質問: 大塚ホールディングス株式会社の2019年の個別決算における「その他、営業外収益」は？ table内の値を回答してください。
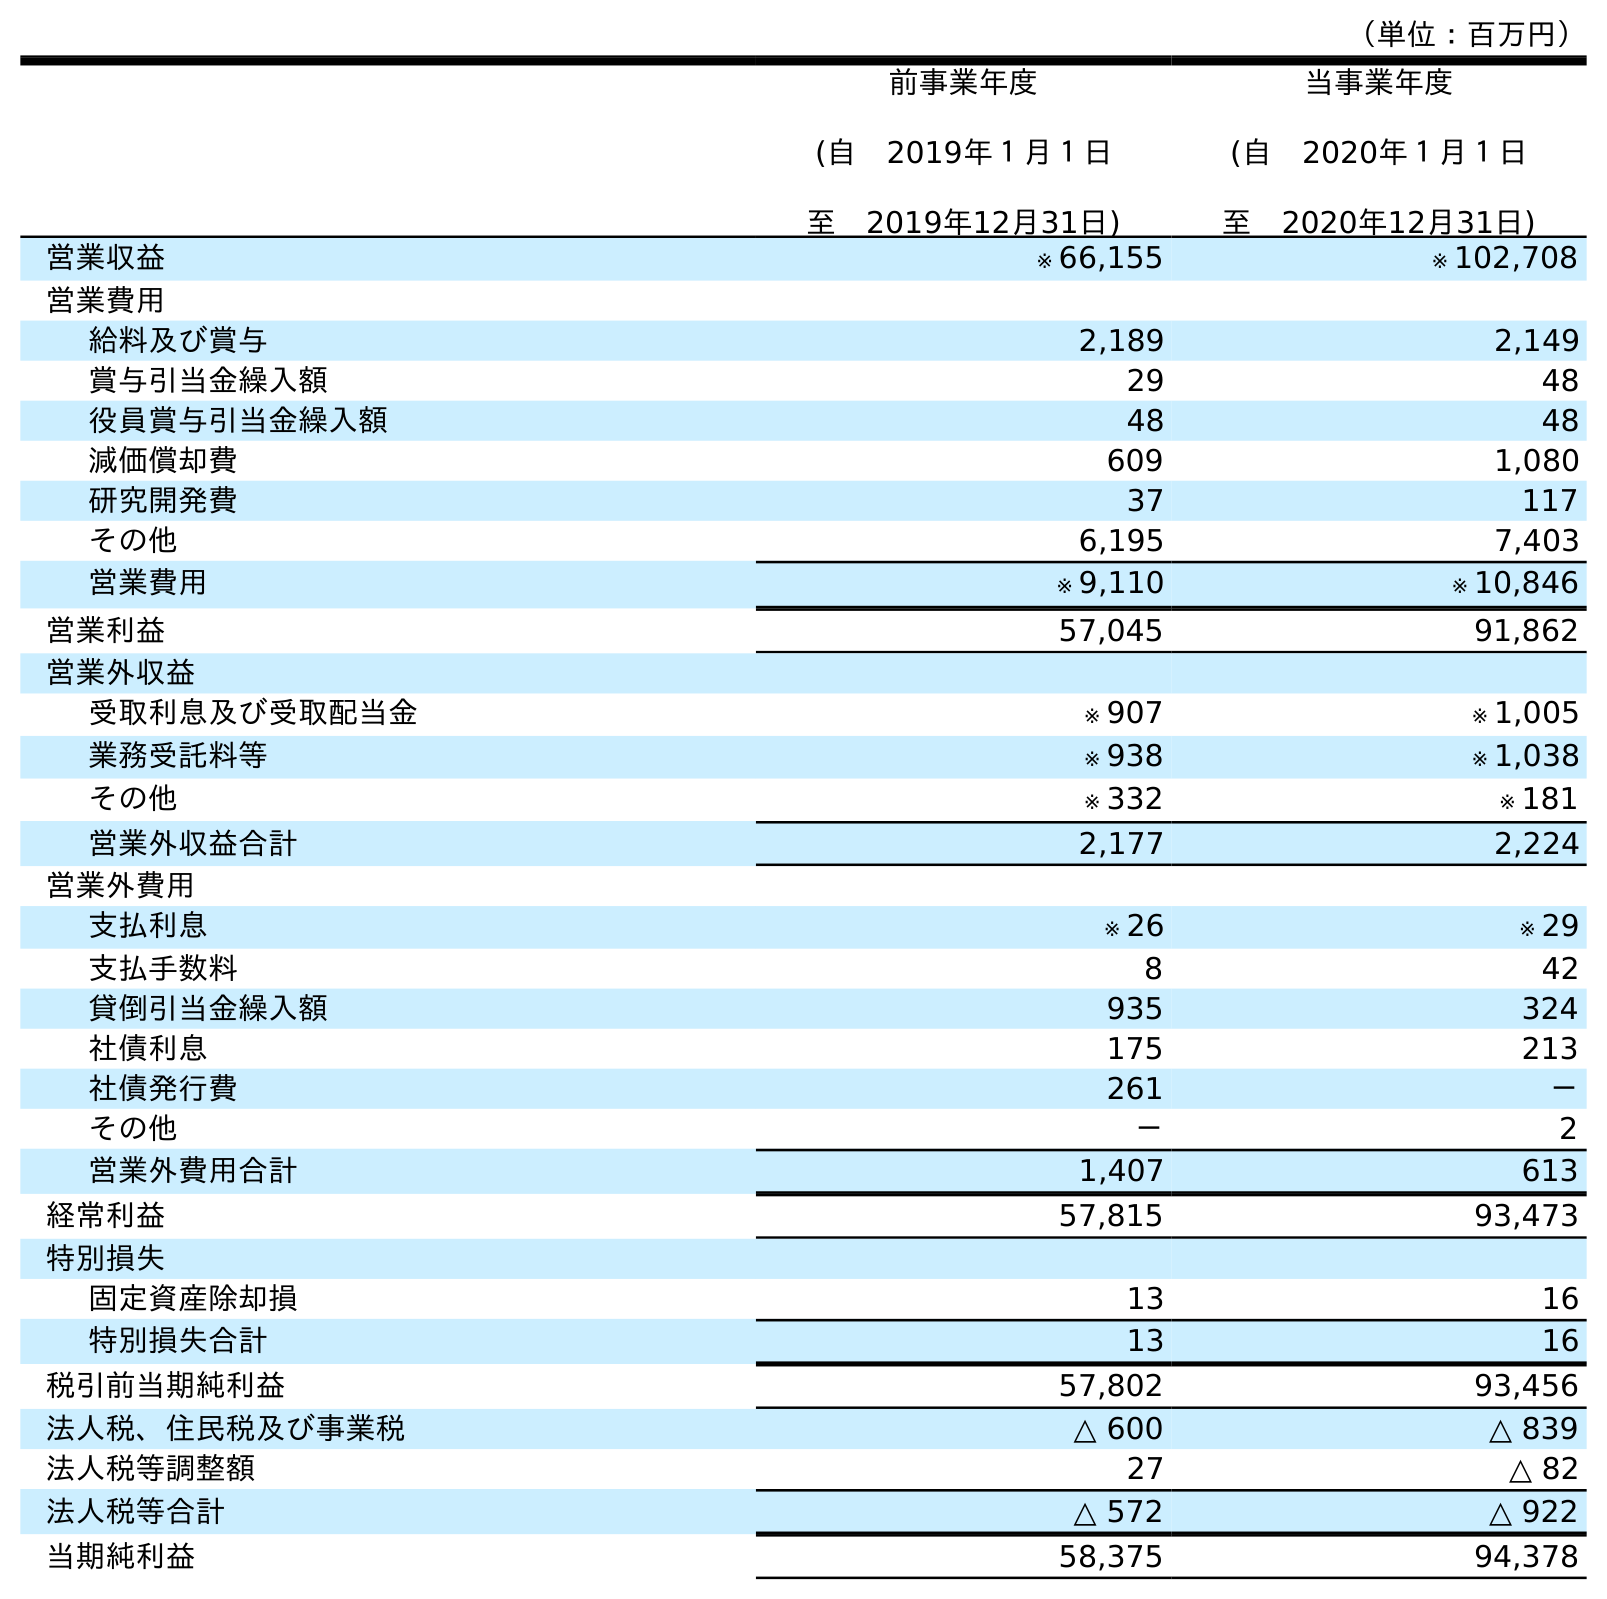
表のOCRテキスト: （単位：百万円） 前事業年度 (自 2019年１月１日 至 2019年12月31日) 当事業年度 (自 2020年１月１日 至 2020年12月31日) 営業収益 ※ 66,155 ※ 102,708 営業費用 給料及び賞与 2,189 2,149 賞与引当金繰入額 29 48 役員賞与引当金繰入額 48 48 減価償却費 609 1,080 研究開発費 37 117 その他 6,195 7,403 営業費用 ※ 9,110 ※ 10,846 営業利益 57,045 91,862 営業外収益 受取利息及び受取配当金 ※ 907 ※ 1,005 業務受託料等 ※ 938 ※ 1,038 その他 ※ 332 ※ 181 営業外収益合計 2,177 2,224 営業外費用 支払利息 ※ 26 ※ 29 支払手数料 8 42 貸倒引当金繰入額 935 324 社債利息 175 213 社債発行費 261 － その他 － 2 営業外費用合計 1,407 613 経常利益 57,815 93,473 特別損失 固定資産除却損 13 16 特別損失合計 13 16 税引前当期純利益 57,802 93,456 法人税、住民税及び事業税 △ 600 △ 839 法人税等調整額 27 △ 82 法人税等合計 △ 572 △ 922 当期純利益 58,375 94,378
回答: ※332